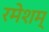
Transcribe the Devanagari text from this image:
रमेशम्